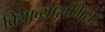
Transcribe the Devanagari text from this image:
विद्याव्यासंगियों